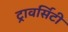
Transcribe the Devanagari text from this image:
ट्रावर्सिटी